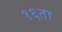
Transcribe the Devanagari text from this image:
१६ता